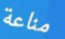
مناعة